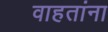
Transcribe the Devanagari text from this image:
वाहतांना